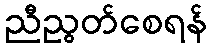
ညီညွတ်စေရန်